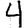
Digit: 4